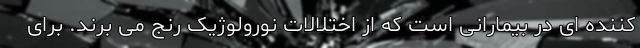
کننده ای در بیمارانی است که از اختلالات نورولوژیک رنج می برند. برای